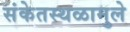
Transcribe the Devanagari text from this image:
संकेतस्थळामुले